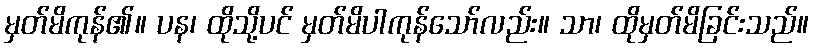
မှတ်မိကုန်၏။ ပန၊ ထိုသို့ပင် မှတ်မိပါကုန်သော်လည်း။ သာ၊ ထိုမှတ်မိခြင်းသည်။